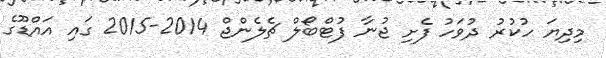
މިދިޔަ ހުކުރު ދުވަހު ފެށި ޖުނާ ފުޓްބޯލް ޗެލެންޖް 2014-2015 ގައި އައްޑޫގެ